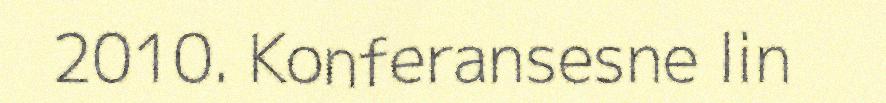
2010. Konferansesne lin